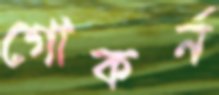
গোকর্ন